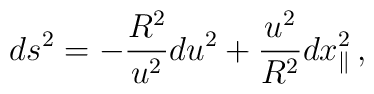
ds^2 = - \frac{R^2}{u^2} du^2 + \frac{u^2}{R^2} dx_{\parallel}^2\, ,